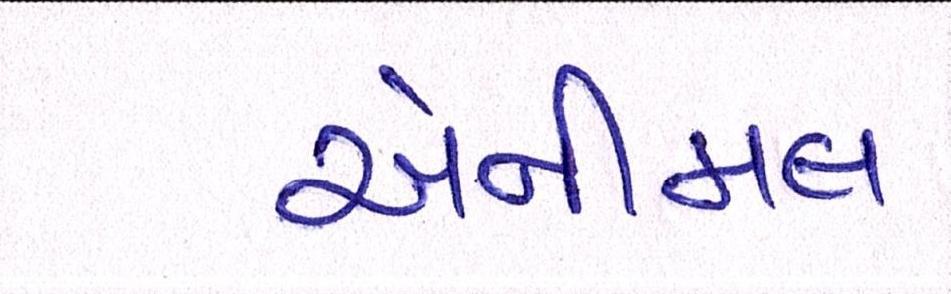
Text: એનીમલ